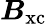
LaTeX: \boldsymbol{B}_{\mathrm{xc}}